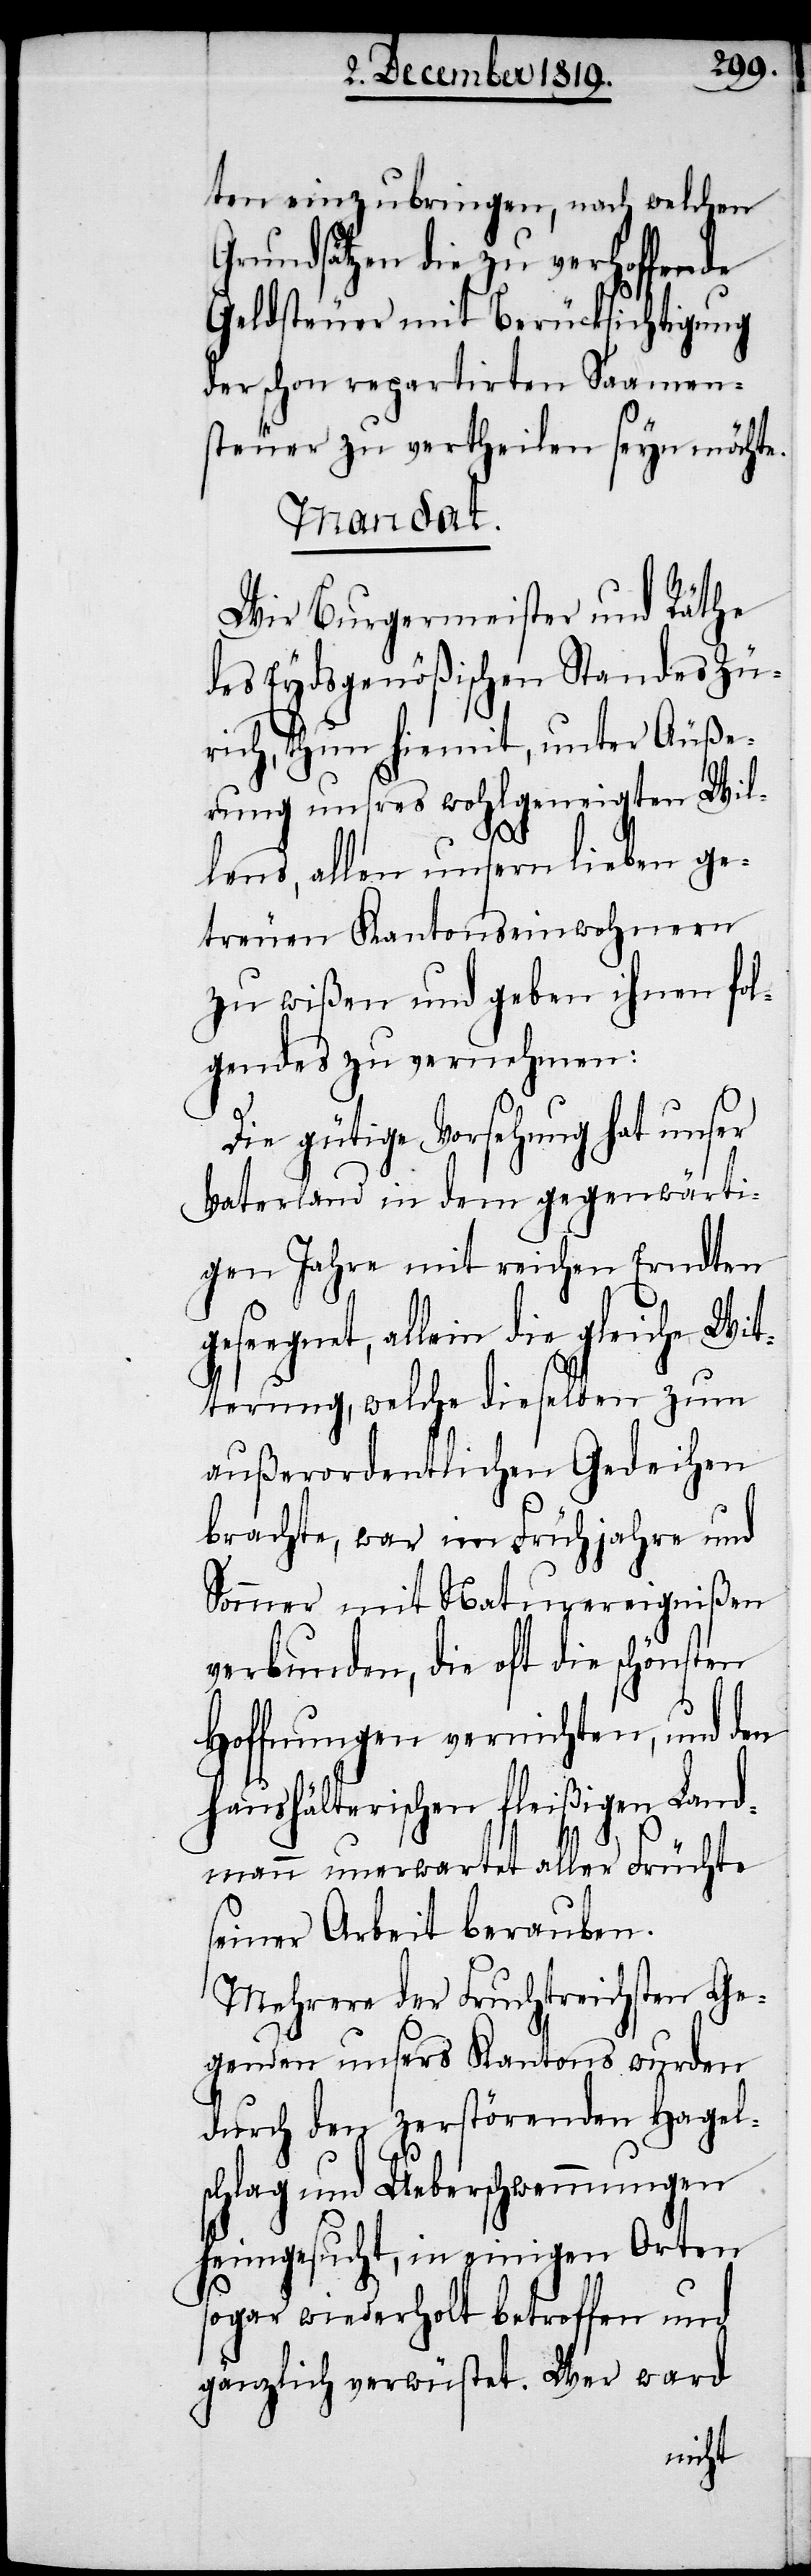
ten einzubringen, nach welchen
Grundsätzen die zu verhoffende
Geldsteuer mit Berücksichtigung
der schon repartirten Saamen¬
steuer zu vertheilen seyn möchte.
Mandat.
Wir Burgermeister und Räthe
des Eydsgenößischen Standes Zü¬
rich, thun hiemit, unter Äuße¬
rung unsres wohlgeneigten Wil¬
lens, allen unsern lieben ge¬
treuen Kantonseinwohnern
zu wißen und geben ihnen fol¬
gendes zu vernehmen:
Die gütige Vorsehung hat unser
Vaterland in dem gegenwärti¬
gen Jahre mit reichen Erndten
geseegnet, allein die gleiche Wit¬
terung, welche dieselben zum
außerordentlichen Gedeihen
brachte, war im Frühjahre und
Sommer mit Naturereignißen
verbunden, die oft die schönsten
Hoffnungen vernichten, und den
haushälterischen fleißigen Land¬
mann unerwartet aller Früchte
seiner Arbeit berauben.
Mehrere der Fruchtreichsten Ge¬
genden unsers Kantons wurden
durch den zerstörenden Hagels¬
chlag und Ueberschwemmungen
heimgesucht, in einigen Orten
sogar wiederholt betroffen und
gänzlich verwüstet. Wer ward